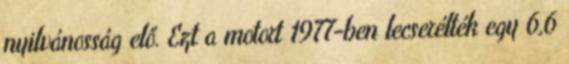
nyilvánosság elő. Ezt a motort 1977-ben lecserélték egy 6,6